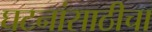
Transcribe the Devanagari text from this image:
घटनांसाठीचा